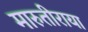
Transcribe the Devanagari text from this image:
मारुतीराया